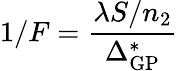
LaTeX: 1/F=\frac{\lambda S/n_{2}}{\Delta_{\mathrm{GP}}^{*}}